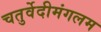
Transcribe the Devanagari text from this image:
चतुर्वेदीमंगलम